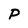
Character: P